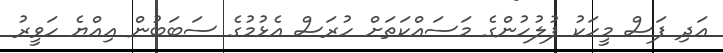
އަދި ފަސް މީހަކު ފުލުހުންގެ މަސައްކަތަށް ހުރަސް އެޅުމުގެ ސަބަބުން އިއްޔެ ހަވީރު